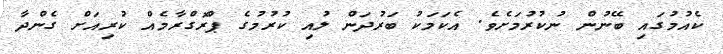
ކެއުމުގައި ބޭނުން ނުކުރުމަށެވެ. އެކަމަކު ބަރުދަން ލުއި ކުރުމުގެ ޕްރޮގްރާމެއް ކުރިއަށް ގެންދާ